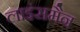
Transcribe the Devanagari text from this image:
लाइंसमैन